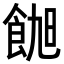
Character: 𬲑